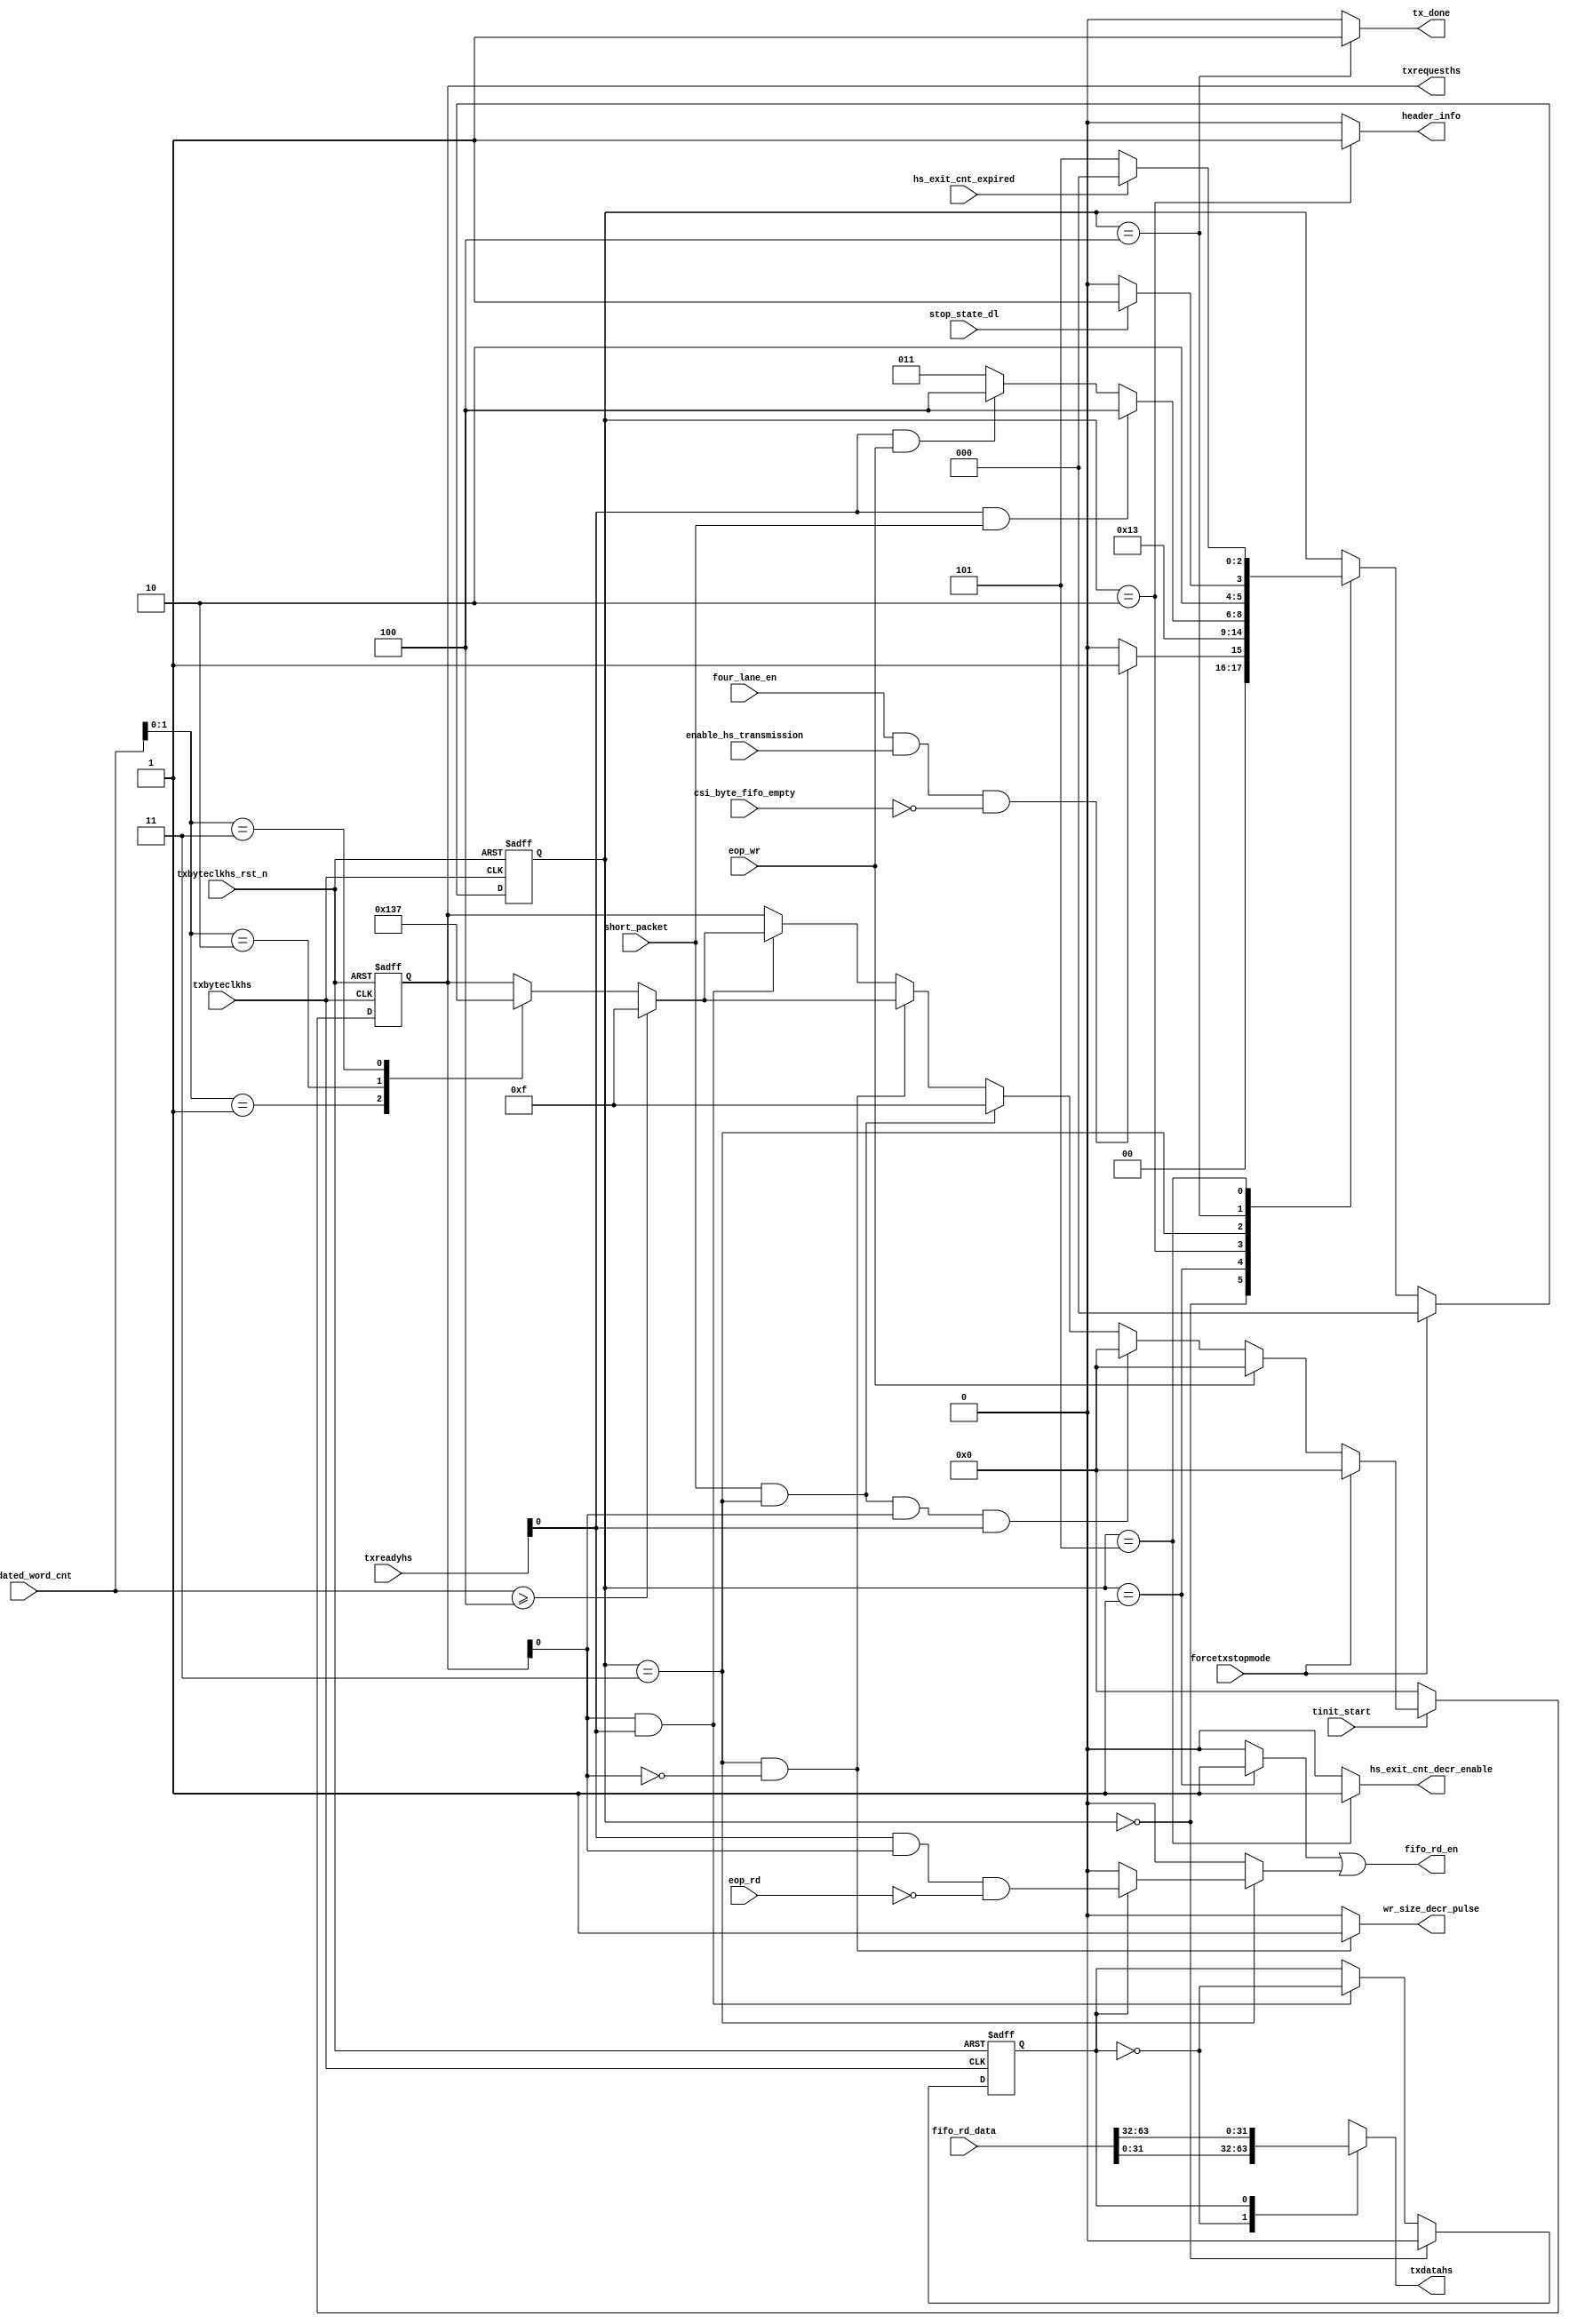
module csi2tx_four_lane_ldl 
(
 input  wire        txbyteclkhs                ,
 input  wire        txbyteclkhs_rst_n          ,
 input  wire        tinit_start                ,
 input  wire        four_lane_en               ,
 input  wire        csi_byte_fifo_empty        ,  
 input  wire        enable_hs_transmission     ,
 input  wire        short_packet               ,
 input  wire        forcetxstopmode            ,
 input  wire        eop_wr                     ,
 input  wire        eop_rd                     ,
 input  wire [7:0]  txreadyhs                  ,   
 input  wire        hs_exit_cnt_expired        ,
 input  wire        stop_state_dl              ,   
 input  wire [16:0] validated_word_cnt         ,
 input  wire [63:0] fifo_rd_data               ,
 output wire        wr_size_decr_pulse         ,
 output wire        fifo_rd_en                 ,
 output wire [31:0] txdatahs                   ,
 output wire [3:0]  txrequesths                ,
 output wire        hs_exit_cnt_decr_enable    ,
 output wire        header_info                ,
 output wire        tx_done 
);

parameter IDLE                = 3'b000;
parameter RD_HDR              = 3'b001;
parameter DLY                 = 3'b010;
parameter REQ_HS              = 3'b011;
parameter STOP_STATE          = 3'b100;
parameter HS_EXIT             = 3'b101;
reg [2:0] cur_state                ;
wire      fifo_hdr_read_c          ;
reg [3:0] txrequesths_r            ;
reg [31:0] txdatahs_s              ;
reg [0:0]  data_mux_cnt_r          ;
reg        fifo_read_on_hready_s   ;
//------------------------------------------------------------------------------
// Internal signal declaration
// 5 Continuous read + 2 -dips
always@(posedge txbyteclkhs or negedge txbyteclkhs_rst_n) begin
 if (txbyteclkhs_rst_n == 1'b0)
  cur_state <= IDLE;
 else if (forcetxstopmode == 1'b1)
  cur_state <= IDLE;
 else
  case(cur_state)
   IDLE : begin
    if ((four_lane_en == 1'b1) && (enable_hs_transmission == 1'b1) && (csi_byte_fifo_empty == 1'b0))
     cur_state <= RD_HDR;
    else
     cur_state <= IDLE;
   end 
   RD_HDR : begin
    cur_state <= DLY;
   end
   DLY : begin
    cur_state <= REQ_HS;
   end
   REQ_HS : begin
    if ((txreadyhs[0] == 1'b1) && (short_packet == 1'b1))
     cur_state <= STOP_STATE;
    else if ((txreadyhs[0] == 1'b1) && (eop_wr == 1'b1))
     cur_state <= STOP_STATE;
    else
     cur_state <= REQ_HS;     
   end
   STOP_STATE : begin
    if (stop_state_dl == 1'b1)
     cur_state <= HS_EXIT;
    else
     cur_state <= STOP_STATE;
   end
   HS_EXIT : begin
    if (hs_exit_cnt_expired == 1'b1)
     cur_state <= IDLE;
    else
     cur_state <= HS_EXIT;
   end        
  endcase
end

assign hs_exit_cnt_decr_enable = (cur_state == HS_EXIT) ? 1'b1 : 1'b0;
assign fifo_hdr_read_c         = (cur_state == RD_HDR) ? 1'b1 : 1'b0;
assign header_info             = (cur_state == DLY) ? 1'b1 : 1'b0;

//------------------------------------------------------------------------------
always@(posedge txbyteclkhs or negedge txbyteclkhs_rst_n) begin
 if (txbyteclkhs_rst_n == 1'b0)
  data_mux_cnt_r <= 1'b0;
 else if (cur_state == IDLE)
  data_mux_cnt_r <= 1'b0;
 else if ((txreadyhs[0] == 1'b1) && (txrequesths[0] == 1'b1))
  data_mux_cnt_r <= ~data_mux_cnt_r; 
end

//------------------------------------------------------------------------------
// This logic control the read enable to FIFO. As it is 5-lane distrubution
// there will be enough data to give out DPHY. The FIFO is read 5-clock
// continuously and de-asserted for 2-clock before resumming
always@(*) begin
 if (cur_state == REQ_HS)
  if ((data_mux_cnt_r != 1'b1))
   fifo_read_on_hready_s = 1'b0;
  else
   fifo_read_on_hready_s = (txreadyhs[0] & txrequesths[0] & !eop_rd);
 else
  fifo_read_on_hready_s = 1'b0;
end

assign fifo_rd_en              = (fifo_hdr_read_c | fifo_read_on_hready_s); 
assign wr_size_decr_pulse      = ((cur_state == REQ_HS) && (txrequesths_r[0] == 1'b0)) ? 1'b1 : 1'b0;
assign tx_done                 = (cur_state == STOP_STATE) ? 1'b1 : 1'b0;
//------------------------------------------------------------------------------
// Request HS generation
always@(posedge txbyteclkhs or negedge txbyteclkhs_rst_n) begin
 if (txbyteclkhs_rst_n == 1'b0)
  txrequesths_r <= 4'b0000;
 else if (tinit_start == 1'b0)
  txrequesths_r <= 4'b0000;
 else if (forcetxstopmode == 1'b1)
  txrequesths_r <= 4'b0000;
 else if (eop_wr == 1'b1)
  txrequesths_r <= 4'b0000;
 else if ((short_packet == 1'b1) && (cur_state == REQ_HS) && (txrequesths[0] == 1'b1) && (txreadyhs[0] == 1'b1))
   txrequesths_r <= 4'b0000;
 else if ((short_packet == 1'b1) && (cur_state == REQ_HS))
  txrequesths_r <= 4'b1111;
 else if ((cur_state == REQ_HS) && (txrequesths_r[0] == 1'b0))
  if (validated_word_cnt >= 17'h4)
   txrequesths_r <= 4'b1111;
  else
   case(validated_word_cnt[1:0])
    2'b01 : txrequesths_r <= 4'b0001;
    2'b10 : txrequesths_r <= 4'b0011;
    2'b11 : txrequesths_r <= 4'b0111;
   endcase 
  else if ((txrequesths_r[0] == 1'b1) && (txreadyhs[0] == 1'b1))
  if (validated_word_cnt >= 17'h4)
   txrequesths_r <= 4'b1111;
  else
   case(validated_word_cnt[1:0])
    2'b01 : txrequesths_r <= 4'b0001;
    2'b10 : txrequesths_r <= 4'b0011;
    2'b11 : txrequesths_r <= 4'b0111;
   endcase 
end

always@(*) begin
 case(data_mux_cnt_r)
  1'b0  : txdatahs_s = fifo_rd_data[31:0];
  1'b1  : txdatahs_s = fifo_rd_data[63:32];
  default : txdatahs_s = fifo_rd_data[31:0];
 endcase
end

assign txrequesths = txrequesths_r;
assign txdatahs = txdatahs_s;

endmodule